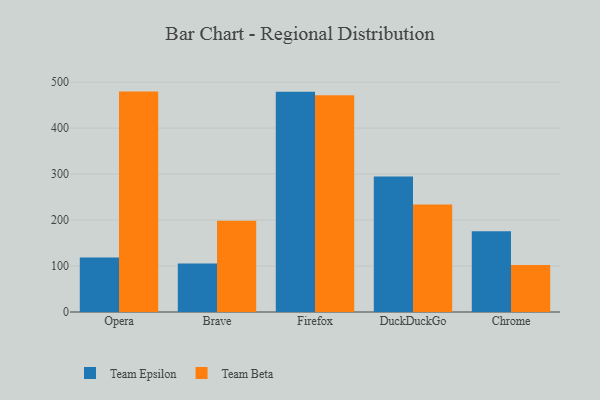
{"axis": {"x": "Browser", "y": "Tickets Resolved"}, "legend": ["Team Beta", "Team Epsilon"], "data": [{"x": "Opera", "y": 118.6, "type": "Team Epsilon"}, {"x": "Opera", "y": 479.4, "type": "Team Beta"}, {"x": "Brave", "y": 105.7, "type": "Team Epsilon"}, {"x": "Brave", "y": 198.4, "type": "Team Beta"}, {"x": "Firefox", "y": 479.2, "type": "Team Epsilon"}, {"x": "Firefox", "y": 471.2, "type": "Team Beta"}, {"x": "DuckDuckGo", "y": 295.0, "type": "Team Epsilon"}, {"x": "DuckDuckGo", "y": 233.8, "type": "Team Beta"}, {"x": "Chrome", "y": 175.5, "type": "Team Epsilon"}, {"x": "Chrome", "y": 102.3, "type": "Team Beta"}]}